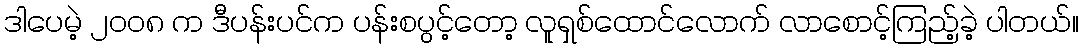
ဒါပေမဲ့ ၂၀၀၈ က ဒီပန်းပင်က ပန်းစပွင့်တော့ လူရှစ်ထောင်လောက် လာစောင့်ကြည့်ခဲ့ ပါတယ်။